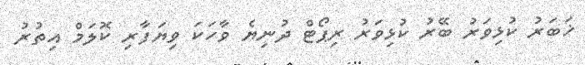
ޚަބަރު ކުޅިވަރު ބޭރު ކުޅިވަރު ރިޕޯޓް ދުނިޔެ ވާހަކަ ވިޔަފާރި ކޮލަމް އިތުރު